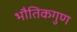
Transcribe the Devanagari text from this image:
भौतिकगुण